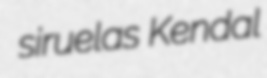
siruelas Kendal